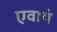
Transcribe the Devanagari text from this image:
एवायं